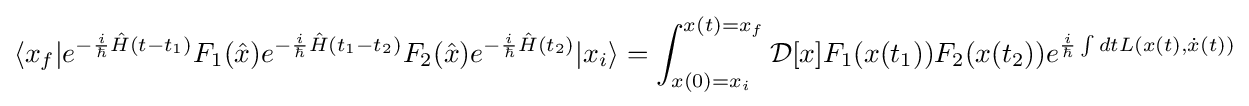
\langle x_{f}|e^{-{\frac {i}{\hbar }}{\hat {H}}(t-t_{1})}F_{1}({\hat {x}})e^{-{\frac {i}{\hbar }}{\hat {H}}(t_{1}-t_{2})}F_{2}({\hat {x}})e^{-{\frac {i}{\hbar }}{\hat {H}}(t_{2})}|x_{i}\rangle =\int _{x(0)=x_{i}}^{x(t)=x_{f}}{\mathcal {D}}[x]F_{1}(x(t_{1}))F_{2}(x(t_{2}))e^{{\frac {i}{\hbar }}\int dtL(x(t),{\dot {x}}(t))}